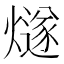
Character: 燧